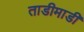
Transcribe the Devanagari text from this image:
ताडीमाडी